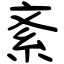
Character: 紊